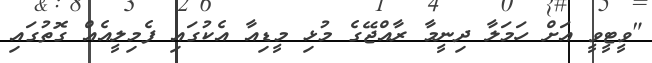
"ވީޓީވީ އަށް ހަމަލާ ދިނީމާ ރާއްޖޭގެ މުޅި މީޑިއާ އެކުގައި ފެމިލީއެއް ގޮތުގައި